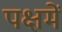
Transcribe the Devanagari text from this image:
पक्षमें